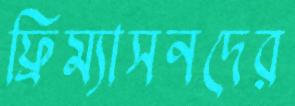
ফ্রিম্যাসনদের